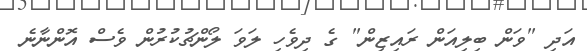
އަދި "ވަން ބިލިއަން ރައިޒިން" ގެ ދިވެހި ލަވަ ލޯންޗުކުރުން ވެސް އޮންނާނެ